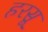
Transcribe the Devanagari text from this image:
हरसू